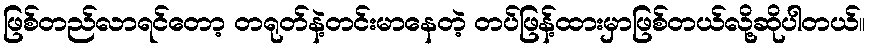
ဖြစ်တည်လာရင်တော့ တရုတ်နဲ့တင်းမာနေတဲ့ တပ်ဖြန့်ထားမှာဖြစ်တယ်လို့ဆိုပါတယ်။